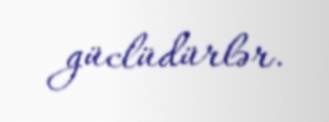
güclüdürlər.